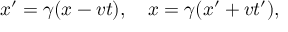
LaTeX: x ^ { \prime } = \gamma ( x - v t ) , \quad x = \gamma ( x ^ { \prime } + v t ^ { \prime } ) ,